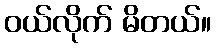
ဝယ်လိုက် မိတယ်။